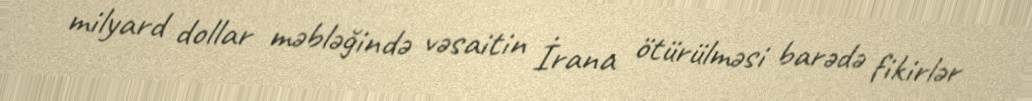
milyard dollar məbləğində vəsaitin İrana ötürülməsi barədə fikirlər